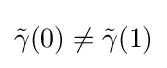
{\tilde {\gamma }}(0)\not ={\tilde {\gamma }}(1)